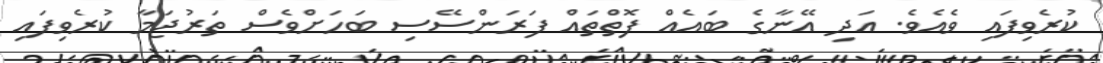
ކުރެވިފައި ވެއެވެ. އަދި އޭނާގެ ބައެއް ފޮތްތައް ފަރަންސޭސި ބަހަށްވެސް ތަރުޖަމާ ކުރެވިފައި